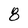
Character: 8